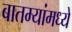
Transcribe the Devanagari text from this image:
बातम्यांमध्ये